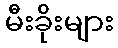
မီးခိုးများ